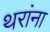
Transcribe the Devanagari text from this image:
थरांना